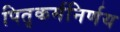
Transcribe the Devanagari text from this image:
पितृकर्मनिर्णय